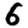
Digit: 6